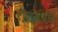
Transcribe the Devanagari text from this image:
रोशनआरा